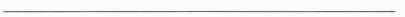
___